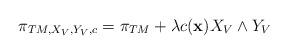
LaTeX: \begin{align*}\pi_{TM,X_{V},Y_{V},c}=\pi_{TM}+\lambda c({\bf x})X_{V}\wedge Y_{V}\end{align*}